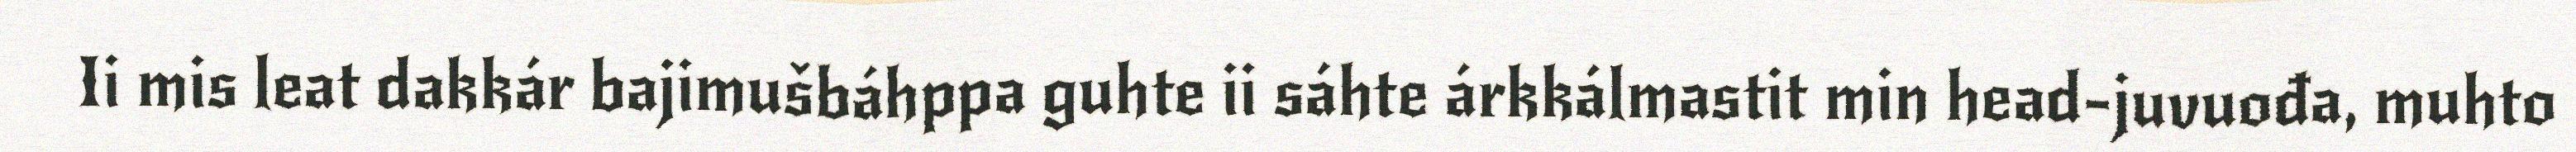
Ii mis leat dakkár bajimušbáhppa guhte ii sáhte árkkálmastit min head-juvuođa, muhto